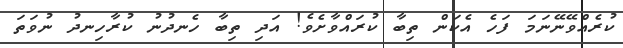
ކުރެއްވޭނޭނަމަ ފަހެ އެކަން ތިބާ ކުރައްވާށެވެ! އަދި ތިބާ ހެނދުނު ކުރާހިނދު ނުވަތަ